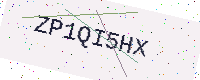
Text: ZP1QI5HX